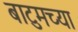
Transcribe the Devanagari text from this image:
बाटुमच्या